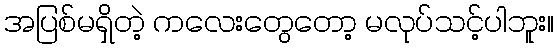
အပြစ်မရှိတဲ့ ကလေးတွေတော့ မလုပ်သင့်ပါဘူး။